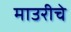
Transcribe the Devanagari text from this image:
माउरीचे